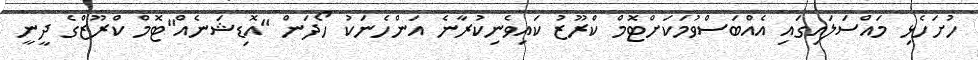
ހުށަހެޅި މައްސަލައިގައި އެއްބަސްވުމަކަށްޓޮމް ކްރޫޒު ކައިވެނިކުރާނެ އަންހެނަކު ހޯދަން "އޮޑިޝަނެއް"ޓޮމް ކްރޫޒްގެ ދީނީ